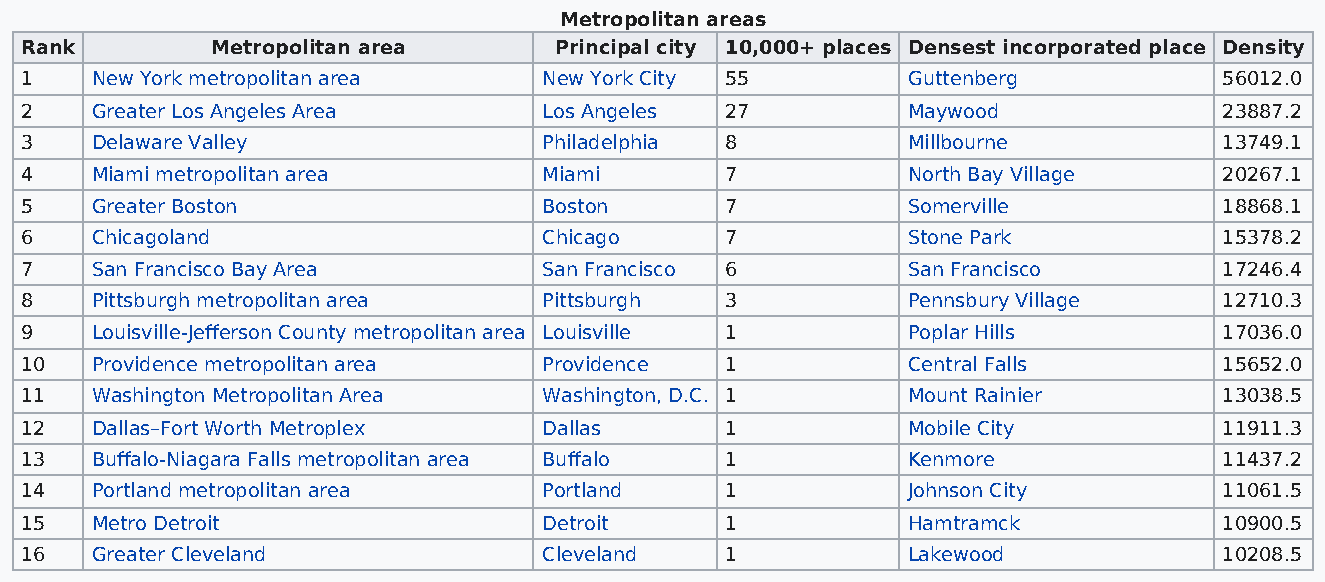
Metropolitan areas
 Rank         Metropolitan area      Principal city 10,000+ places Densest incorporated place Density
 1    New York metropolitan area    New York City 55        Guttenberg           56012.0
 2    Greater Los Angeles Area      Los Angeles 27          Maywood              23887.2
 3    Delaware Valley               Philadelphia 8          Millbourne           13749.1
 4    Miami metropolitan area       Miami       7           North Bay Village    20267.1
 5    Greater Boston                Boston      7           Somerville           18868.1
 6    Chicagoland                   Chicago     7           Stone Park           15378.2
 7    San Francisco Bay Area        San Francisco 6         San Francisco        17246.4
 8    Pittsburgh metropolitan area  Pittsburgh  3           Pennsbury Village    12710.3
 9    Louisville-Jefferson County metropolitan area Louisville 1 Poplar Hills    17036.0
 10   Providence metropolitan area  Providence  1           Central Falls        15652.0
 11   Washington Metropolitan Area  Washington, D.C. 1      Mount Rainier        13038.5
 12   Dallas–Fort Worth Metroplex   Dallas      1           Mobile City          11911.3
 13   Buffalo-Niagara Falls metropolitan area Buffalo 1     Kenmore              11437.2
 14   Portland metropolitan area    Portland    1           Johnson City         11061.5
 15   Metro Detroit                 Detroit     1           Hamtramck            10900.5
 16   Greater Cleveland             Cleveland   1           Lakewood             10208.5